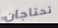
تحتاجان